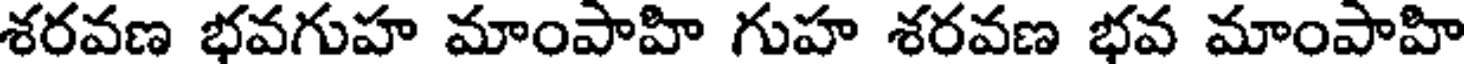
శరవణ భవగుహ మాంపాహి గుహ శరవణ భవ మాంపాహి